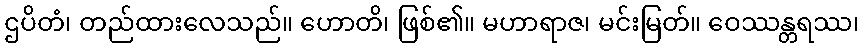
ဌပိတံ၊ တည်ထားလေသည်။ ဟောတိ၊ ဖြစ်၏။ မဟာရာဇ၊ မင်းမြတ်။ ဝေဿန္တရဿ၊